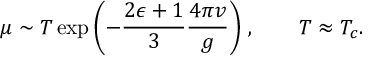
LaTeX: \mu \sim T \exp \left( - \frac { 2 \epsilon + 1 } 3 \frac { 4 \pi v } g \right) \, , \qquad T \approx T _ { c } .